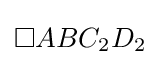
\square ABC_{2}D_{2}